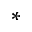
*